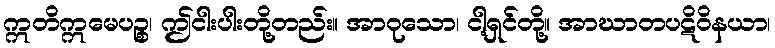
ဣတိဣမေပဉ္စ၊ ဤငါးပါးတို့တည်း။ အာဝုသော၊ ငါ့ရှင်တို့။ အာဃာတပဋိဝိနယာ၊